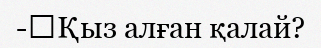
-	Қыз алған қалай?